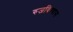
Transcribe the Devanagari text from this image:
रुजविण्यास